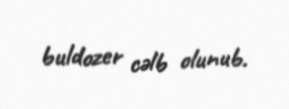
buldozer cəlb olunub.